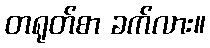
တရုတ်စာ ခက်လား။